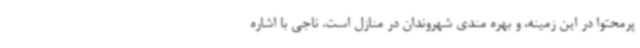
پرمحتوا در این زمینه، و بهره مندی شهروندان در منازل است. ناجی با اشاره